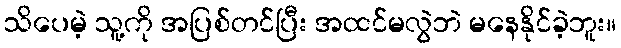
သိပေမဲ့ သူ့ကို အပြစ်တင်ပြီး အထင်မလွဲဘဲ မနေနိုင်ခဲ့ဘူး။